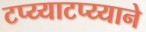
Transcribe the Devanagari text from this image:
टप्य्याटप्य्याने